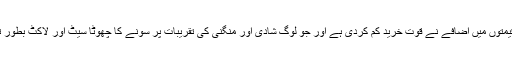
اپنی بات کو جاری رکھتے ہوئے ان کا کہنا تھا کہ ’سونے کی قیمتوں میں اضافے نے قوت خرید کم کردی ہے اور جو لوگ شادی اور منگنی کی تقریبات پر سونے کا چھوٹا سیٹ اور لاکٹ بطور تحفہ خریدتے تھے وہ اب اس رجحان کو جاری نہیں رکھ رہے‘۔